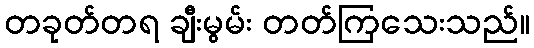
တခုတ်တရ ချီးမွမ်း တတ်ကြသေးသည်။